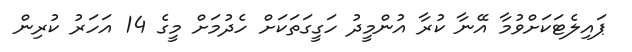
ޕައިލެޓަކަށްވުމާ އޭނާ ކުރާ އުންމީދު ހަގީގަތަކަށް ހެދުމަށް މީގެ 14 އަހަރު ކުރިން